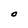
Character: O